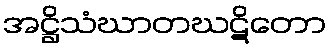
အဋ္ဌိသံဃာတဃဋိတော